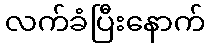
လက်ခံပြီးနောက်